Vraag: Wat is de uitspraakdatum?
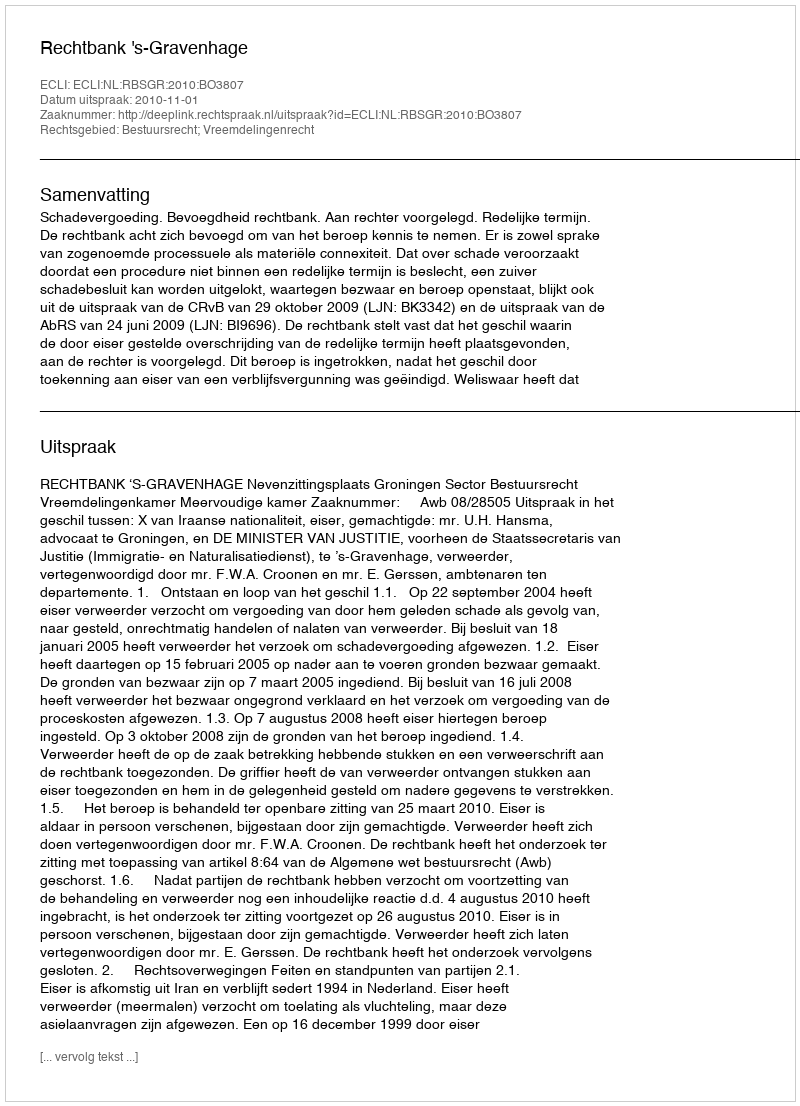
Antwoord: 2010-11-01